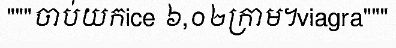
"""ចាប់យកice ៦,០២ក្រាម។viagra"""